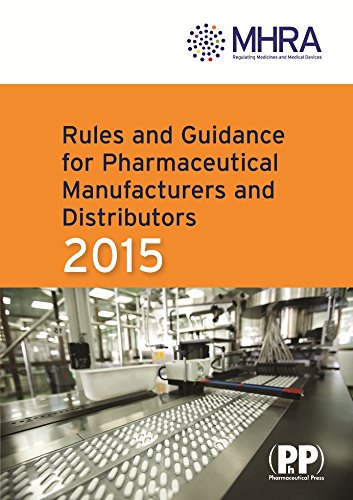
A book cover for Rules and Guidance for Pharmaceutical Manufacturers and Distributors 2015: The Orange Guide; Business & Money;